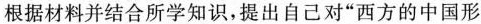
根据材料并结合所学知识，提出自己对”西方的中国形